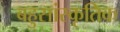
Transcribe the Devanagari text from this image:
बहुसांस्‍कृतिक